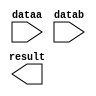
// megafunction wizard: %LPM_ADD_SUB%VBB%
// GENERATION: STANDARD
// VERSION: WM1.0
// MODULE: lpm_add_sub 

// ============================================================
// Megafunction Name(s):
// 			lpm_add_sub
//
// Simulation Library Files(s):
// 			lpm
// ============================================================
// ************************************************************
// THIS IS A WIZARD-GENERATED FILE. DO NOT EDIT THIS FILE!
//
// 9.1 Build 222 10/21/2009 SJ Full Version
// ************************************************************

//Copyright (C) 1991-2009 Altera Corporation
//Your use of Altera Corporation's design tools, logic functions 
//and other software and tools, and its AMPP partner logic 
//functions, and any output files from any of the foregoing 
//(including device programming or simulation files), and any 
//associated documentation or information are expressly subject 
//to the terms and conditions of the Altera Program License 
//Subscription Agreement, Altera MegaCore Function License 
//Agreement, or other applicable license agreement, including, 
//without limitation, that your use is for the sole purpose of 
//programming logic devices manufactured by Altera and sold by 
//Altera or its authorized distributors.  Please refer to the 
//applicable agreement for further details.

module lpm_add_sub32 (
	dataa,
	datab,
	result);

	input	[31:0]  dataa;
	input	[31:0]  datab;
	output	[31:0]  result;

endmodule

// ============================================================
// CNX file retrieval info
// ============================================================
// Retrieval info: PRIVATE: CarryIn NUMERIC "0"
// Retrieval info: PRIVATE: CarryOut NUMERIC "0"
// Retrieval info: PRIVATE: ConstantA NUMERIC "0"
// Retrieval info: PRIVATE: ConstantB NUMERIC "0"
// Retrieval info: PRIVATE: Function NUMERIC "0"
// Retrieval info: PRIVATE: INTENDED_DEVICE_FAMILY STRING "Cyclone III"
// Retrieval info: PRIVATE: LPM_PIPELINE NUMERIC "0"
// Retrieval info: PRIVATE: Latency NUMERIC "0"
// Retrieval info: PRIVATE: Overflow NUMERIC "0"
// Retrieval info: PRIVATE: RadixA NUMERIC "10"
// Retrieval info: PRIVATE: RadixB NUMERIC "10"
// Retrieval info: PRIVATE: Representation NUMERIC "1"
// Retrieval info: PRIVATE: SYNTH_WRAPPER_GEN_POSTFIX STRING "0"
// Retrieval info: PRIVATE: ValidCtA NUMERIC "0"
// Retrieval info: PRIVATE: ValidCtB NUMERIC "0"
// Retrieval info: PRIVATE: WhichConstant NUMERIC "0"
// Retrieval info: PRIVATE: aclr NUMERIC "0"
// Retrieval info: PRIVATE: clken NUMERIC "0"
// Retrieval info: PRIVATE: nBit NUMERIC "32"
// Retrieval info: CONSTANT: LPM_DIRECTION STRING "ADD"
// Retrieval info: CONSTANT: LPM_HINT STRING "ONE_INPUT_IS_CONSTANT=NO,CIN_USED=NO"
// Retrieval info: CONSTANT: LPM_REPRESENTATION STRING "UNSIGNED"
// Retrieval info: CONSTANT: LPM_TYPE STRING "LPM_ADD_SUB"
// Retrieval info: CONSTANT: LPM_WIDTH NUMERIC "32"
// Retrieval info: USED_PORT: dataa 0 0 32 0 INPUT NODEFVAL dataa[31..0]
// Retrieval info: USED_PORT: datab 0 0 32 0 INPUT NODEFVAL datab[31..0]
// Retrieval info: USED_PORT: result 0 0 32 0 OUTPUT NODEFVAL result[31..0]
// Retrieval info: CONNECT: result 0 0 32 0 @result 0 0 32 0
// Retrieval info: CONNECT: @dataa 0 0 32 0 dataa 0 0 32 0
// Retrieval info: CONNECT: @datab 0 0 32 0 datab 0 0 32 0
// Retrieval info: LIBRARY: lpm lpm.lpm_components.all
// Retrieval info: GEN_FILE: TYPE_NORMAL lpm_add_sub32.v TRUE
// Retrieval info: GEN_FILE: TYPE_NORMAL lpm_add_sub32.inc FALSE
// Retrieval info: GEN_FILE: TYPE_NORMAL lpm_add_sub32.cmp FALSE
// Retrieval info: GEN_FILE: TYPE_NORMAL lpm_add_sub32.bsf TRUE FALSE
// Retrieval info: GEN_FILE: TYPE_NORMAL lpm_add_sub32_inst.v FALSE
// Retrieval info: GEN_FILE: TYPE_NORMAL lpm_add_sub32_bb.v TRUE
// Retrieval info: GEN_FILE: TYPE_NORMAL lpm_add_sub32_waveforms.html TRUE
// Retrieval info: GEN_FILE: TYPE_NORMAL lpm_add_sub32_wave*.jpg FALSE
// Retrieval info: LIB_FILE: lpm